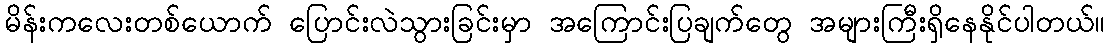
မိန်းကလေးတစ်ယောက် ပြောင်းလဲသွားခြင်းမှာ အကြောင်းပြချက်တွေ အများကြီးရှိနေနိုင်ပါတယ်။